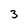
Character: 3